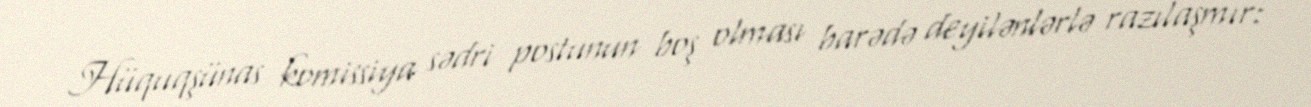
Hüquqşünas komissiya sədri postunun boş olması barədə deyilənlərlə razılaşmır: